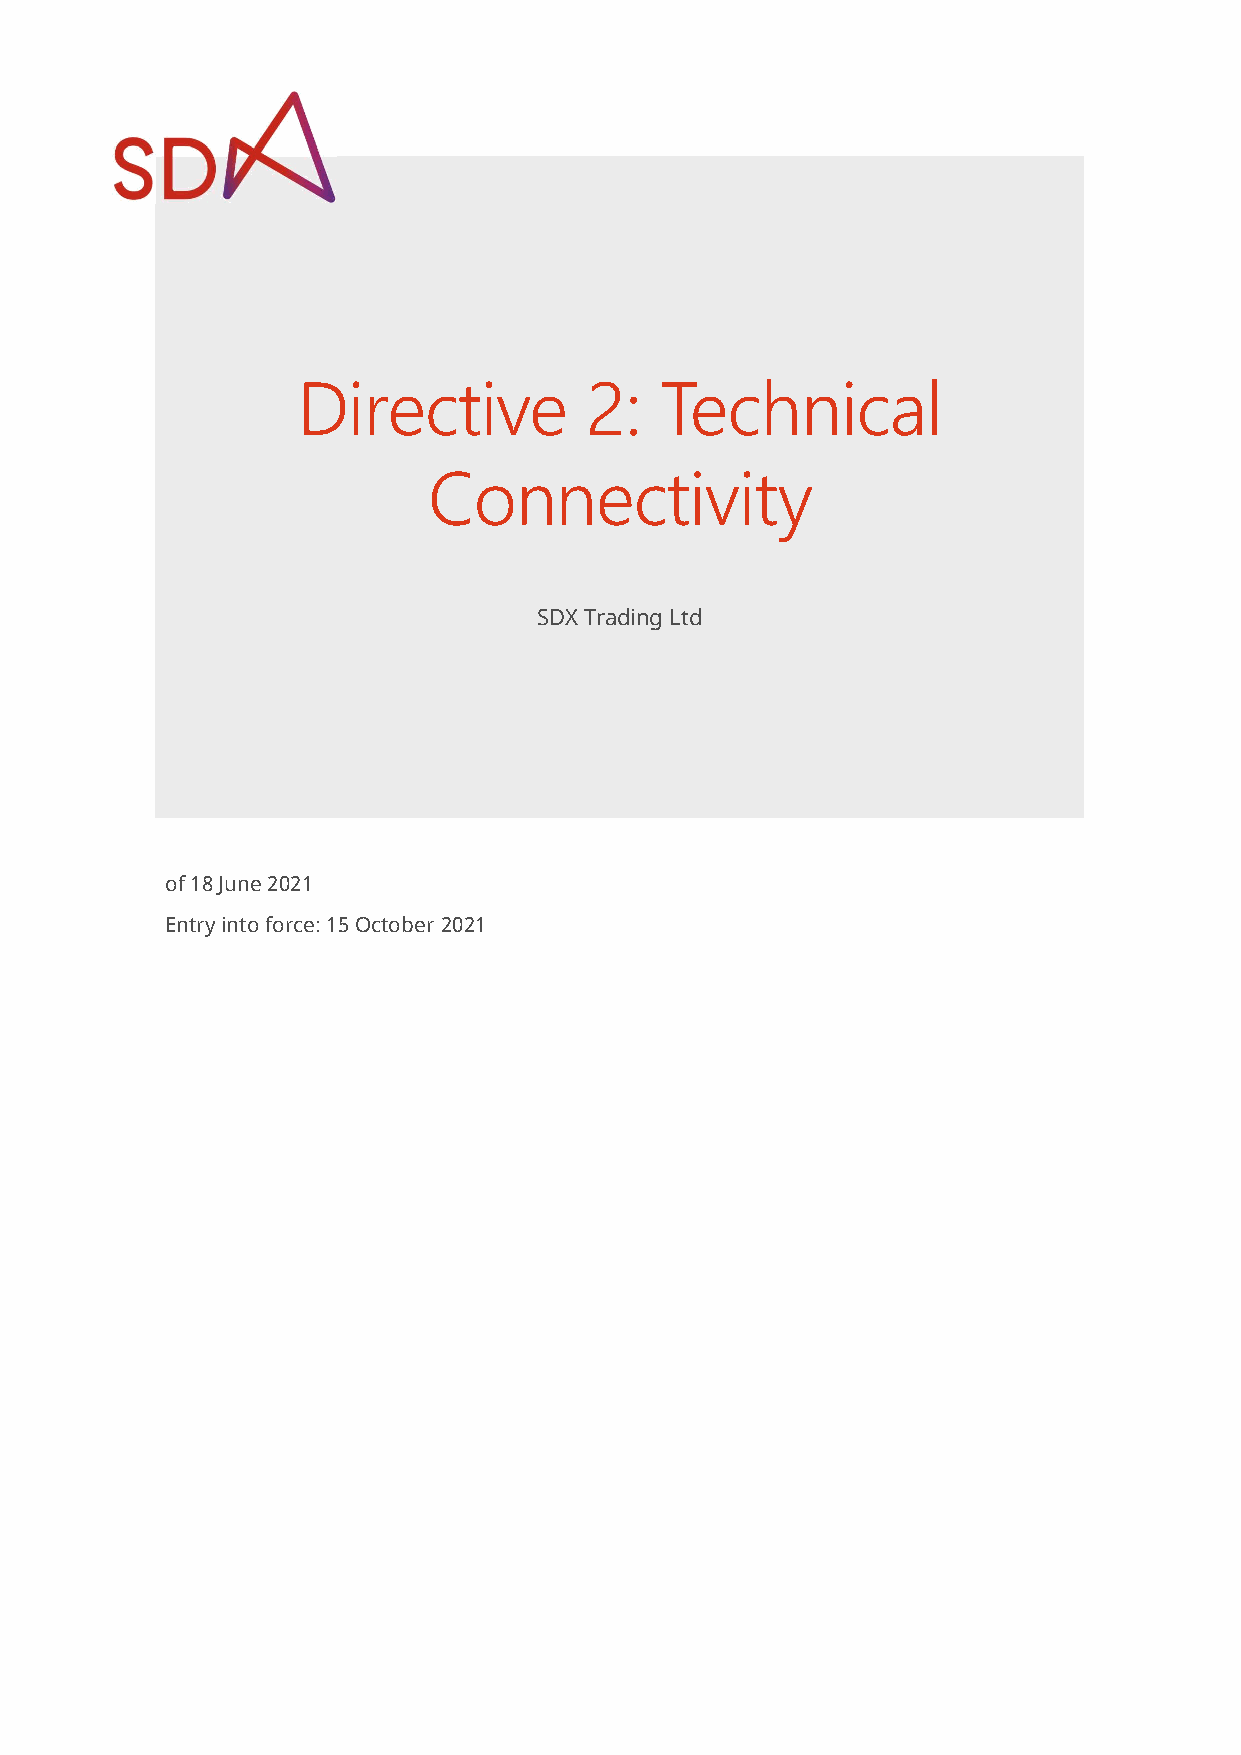
Directive          2:   Technical
 Connectivity
 SDX Trading Ltd
 of 18 June 2021
 Entry into force: 15 October 2021
 Sensitivity: C2 Internal